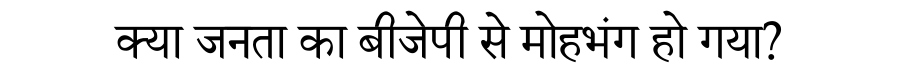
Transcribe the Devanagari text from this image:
क्या जनता का बीजेपी से मोहभंग हो गया?